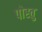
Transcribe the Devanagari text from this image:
पोस्तु